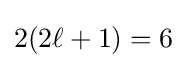
2(2\ell +1)=6